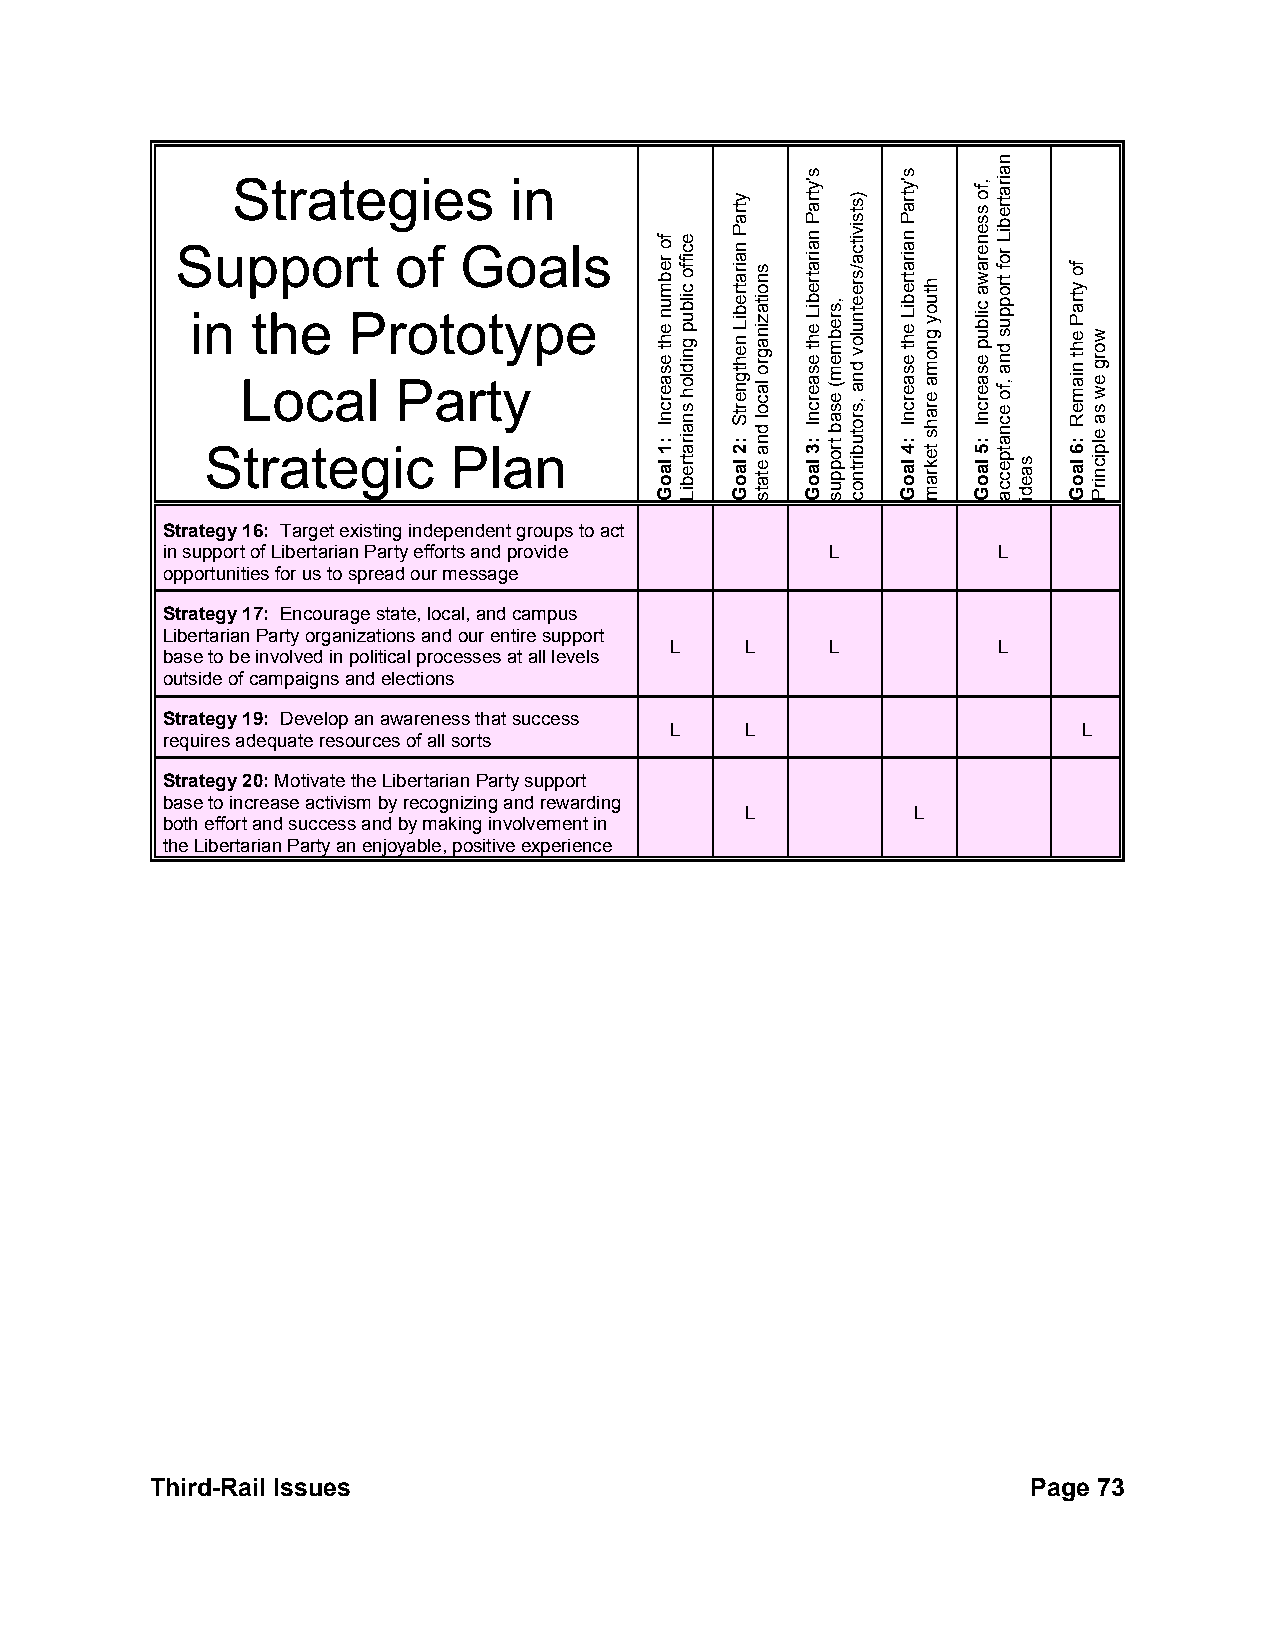
Strategies         in
 Support       of  Goals
 in  the   Prototype
 Local     Party
 Strategic       Plan
 Strategy 16: Target existing independent groups to act
 in support of Libertarian Party efforts and provide L  L
 opportunities for us to spread our message
 Strategy 17: Encourage state, local, and campus
 Libertarian Party organizations and our entire support
 L    L     L          L
 base to be involved in political processes at all levels
 outside of campaigns and elections
 Strategy 19: Develop an awareness that success
 L    L                      L
 requires adequate resources of all sorts
 Strategy 20: Motivate the Libertarian Party support
 base to increase activism by recognizing and rewarding
 L          L
 both effort and success and by making involvement in
 the Libertarian Party an enjoyable, positive experience
 Third-Rail Issues                                         Page 73
 fo
 rebmun
 eht
 esaercnI
 :1
 laoG
 eciffo
 cilbup
 gnidloh
 snairatrebiL
 ytraP
 nairatrebiL
 nehtgnertS
 :2
 laoG
 snoitazinagro
 lacol
 dna
 etats
 s'ytraP
 nairatrebiL
 eht
 esaercnI
 :3
 laoG
 ,srebmem(
 esab
 troppus
 )stsivitca/sreetnulov
 dna
 ,srotubirtnoc
 s'ytraP
 nairatrebiL
 eht
 esaercnI
 :4
 laoG
 htuoy
 gnoma
 erahs
 tekram
 ,fo
 ssenerawa
 cilbup
 esaercnI
 :5
 laoG
 nairatrebiL
 rof
 troppus
 dna
 ,fo
 ecnatpecca
 saedi
 fo
 ytraP
 eht
 niameR
 :6
 laoG
 worg
 ew
 sa
 elpicnirP